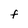
Character: F